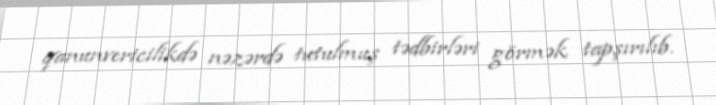
qanunvericilikdə nəzərdə tutulmuş tədbirləri görmək tapşırılıb.